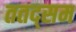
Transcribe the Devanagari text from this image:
ततद्सम